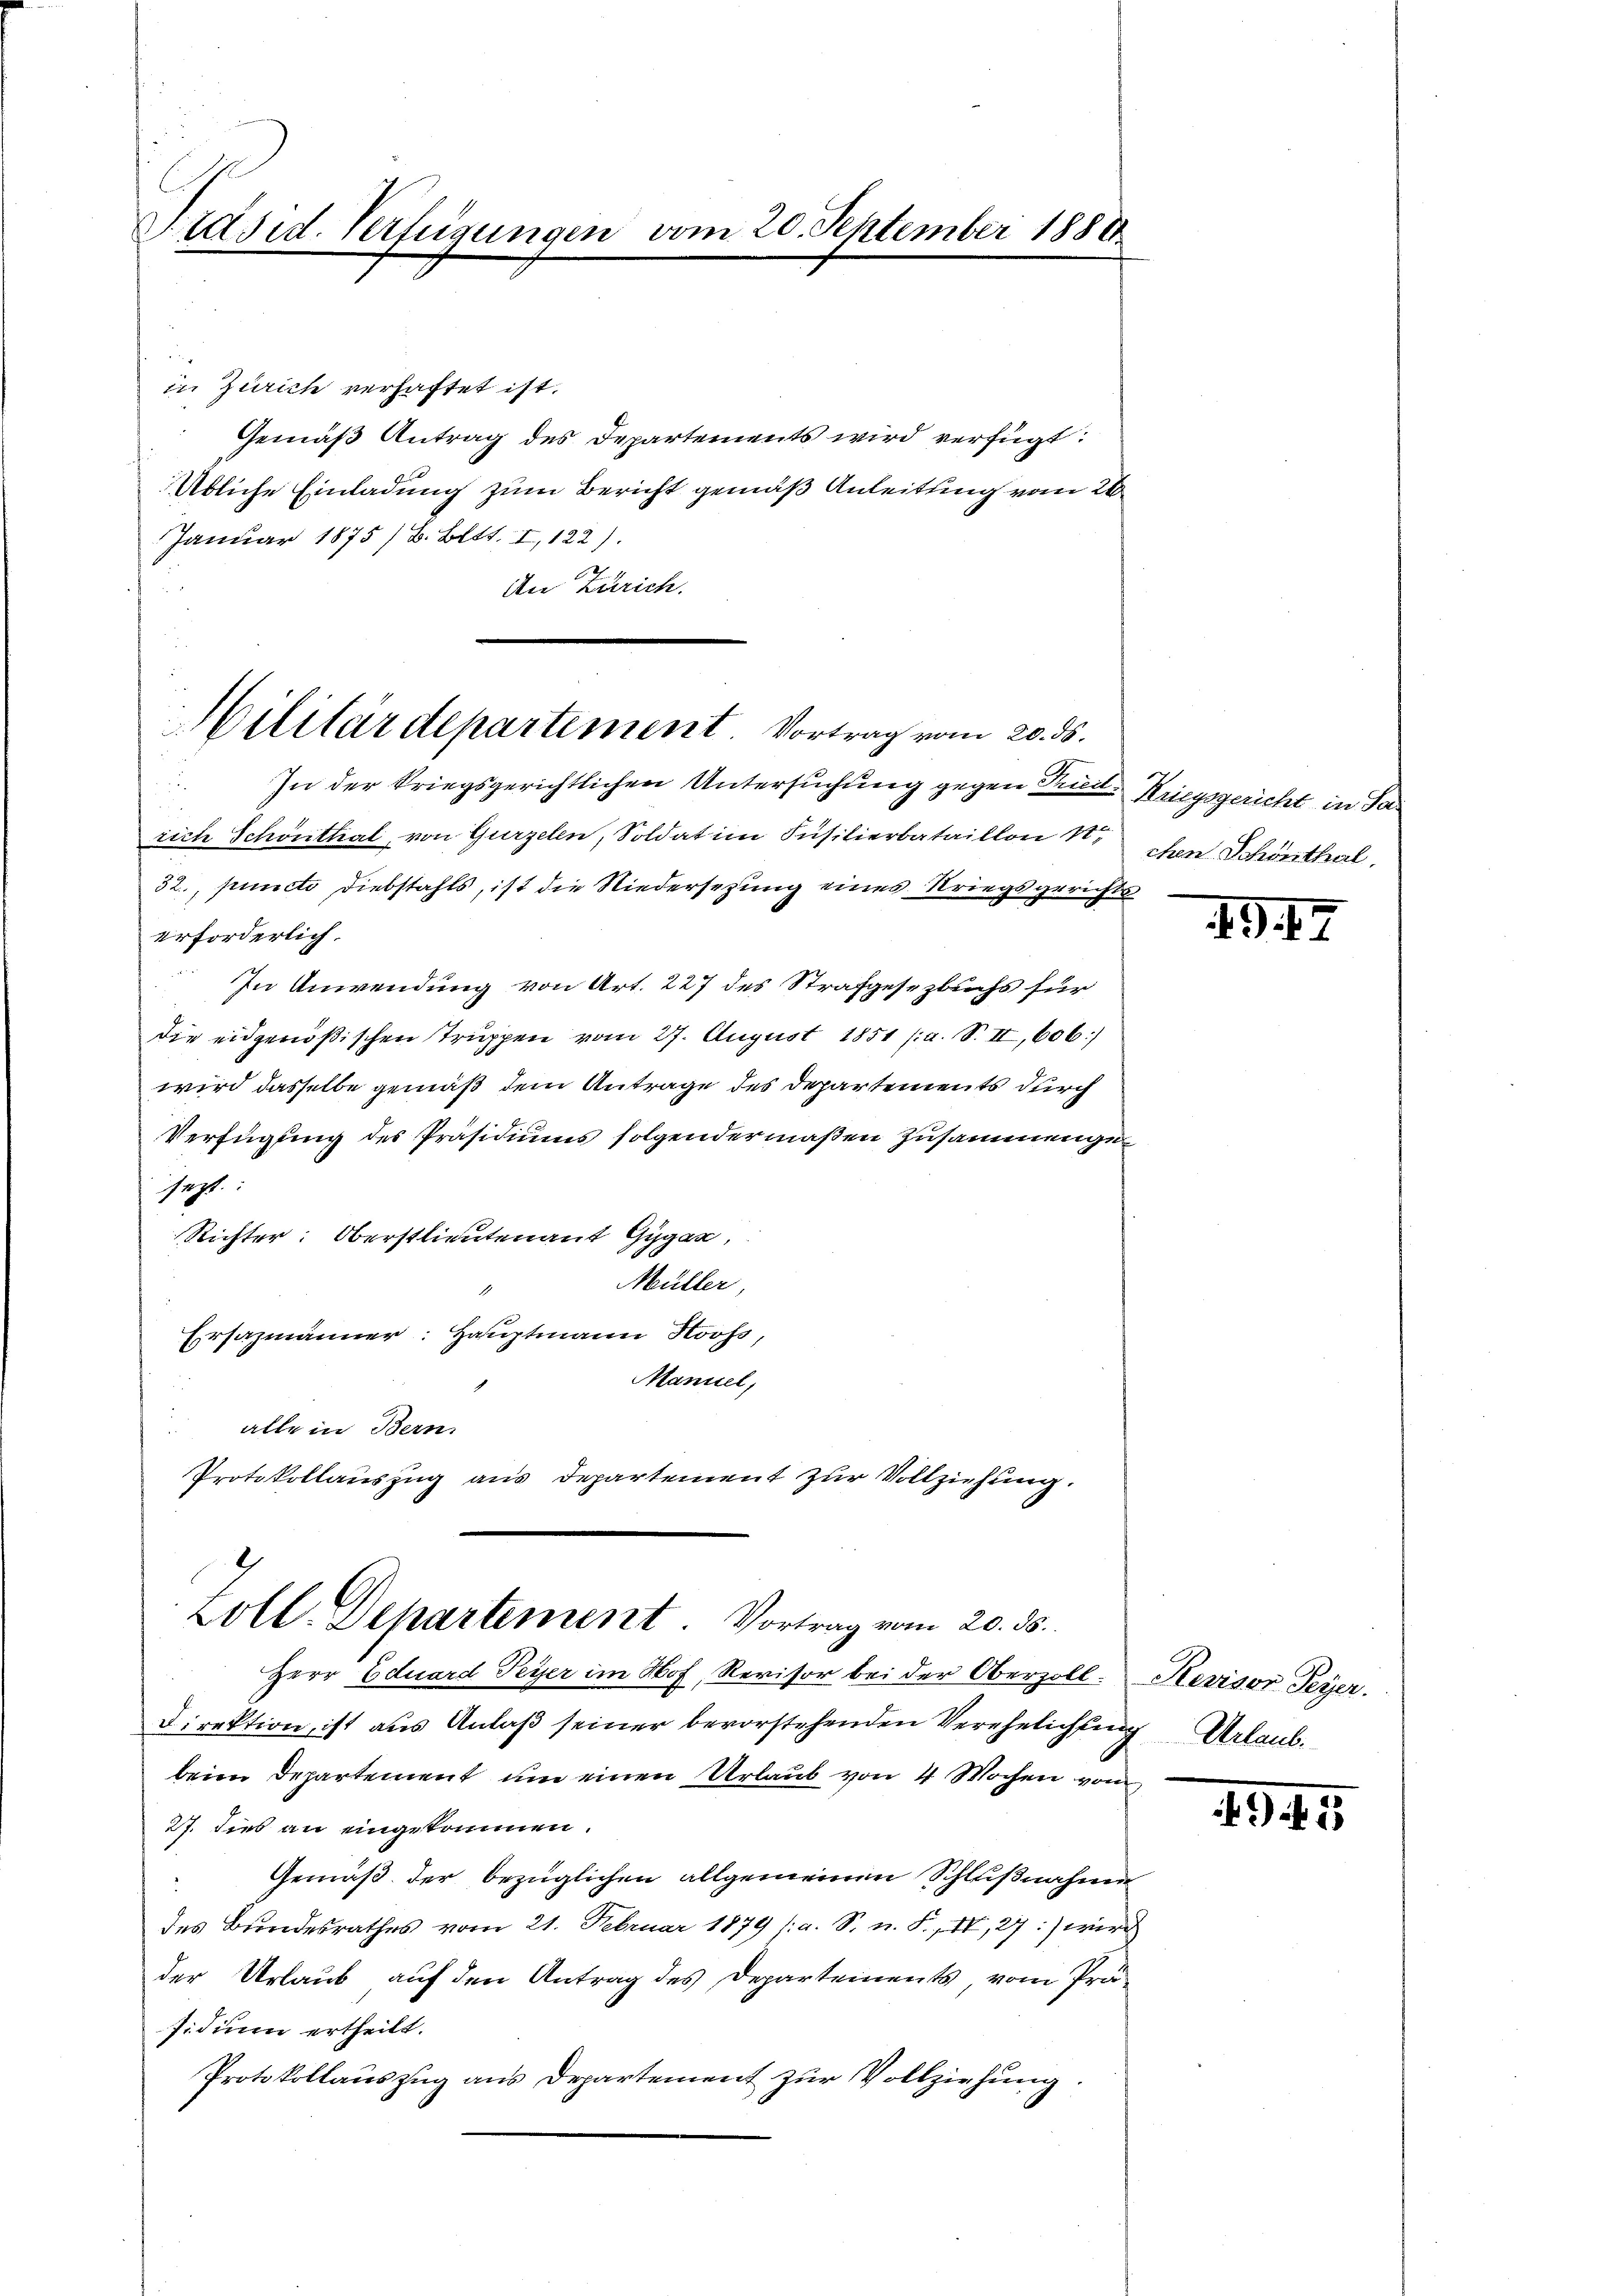
Präsid. Verfügungen vom 20. September 1888

in Zürich verhaftet ist.
Gemäß Antrag des Departements wird verfügt:
Übliche Einladung zum Bericht gemäß Anleitung vom 24
Januar 1875 / B. Bett. I, 122).
An Zürich.
In der kriegsgerichtlichen Untersuchung gegen Tried. Kriegsgericht in Parich Schönthal, von Gurzelen, Soldat im Füsilierbataillon N
32., puncto Diebstahls, ist die Niedersezung eines Kriegsgericherforderlich.
In Anwendung von Art. 227 des Strafgesezbuchs für
die eidgenößischen Truppen vom 27. August 1851 (a. S. II, 606.)
wird dasselbe gemäß dem Antrage des Departements durch
Verfügung des Präsidiums folgendermaßen Zusammengesept.
Richter: Oberstlieutenant Gigan,
Müller,
Ersazmänner: Hauptmann Stooss,
Maniel,
alle in Bern.
Protokollauszug aus Departement zur Vollziehung.
Coll. Departement. Vortrag vom 20. ds.
Herr Eduard Peyer im Hof, Revisor bei der Oberzoll¬
Direktion, ist aus Anlaß seiner bevorstehenden Verehelichen
beim Departement um einen Urlaub von 4 Wochen von
27. dies an eingekommen.
Gemäß der bezüglichen allgemeinen Schlußnahm
des Bundesrathes vom 21. Februar 1879 /: a. S. n. F. II,27:) wir
der Urlaub auf den Antrag des Departements, vom Pra
sidium ertheilt.
Protokollauszug aus Departement zur Vollziehung.

Hilitärdepartement. Vortrag vom 20. ds.

chen Schönthal

49. 47

Revisor Peyer.
 Urlaub.

G45